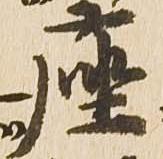
座